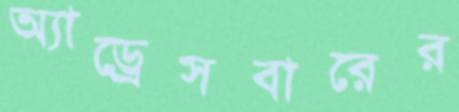
অ্যাড্রেসবারের